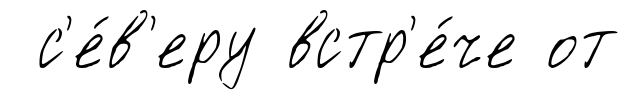
с'е́в'еру встр'е́че от